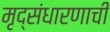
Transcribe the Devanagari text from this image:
मृद्संधारणाची